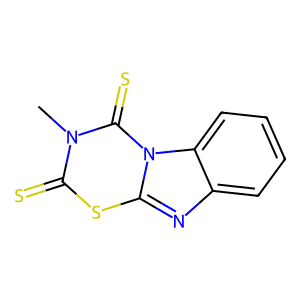
SMILES: Cn1c(=S)sc2nc3ccccc3n2c1=S
Inhibits HIV replication: No